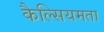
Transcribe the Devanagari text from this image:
कैल्सियमता